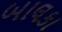
બાલકા